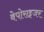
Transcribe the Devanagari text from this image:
वेपोराइजर